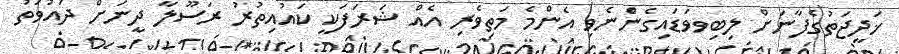
ޚަދީޖަތުގެފާނަށް ލިބިވވަޑައިގެންެނެވި އެންމެ މަތިވެރި އެއް ޝަރަފަކީ ކައުއިތުރު ރަސޫލާ ދީނަށް ދައުވަތު